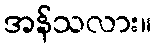
အန်သလား။